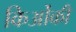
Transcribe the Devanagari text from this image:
किओंकी